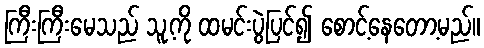
ကြီးကြီးမေသည် သူ့ကို ထမင်းပွဲပြင်၍ စောင့်နေတော့မည်။